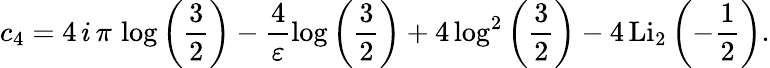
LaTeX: c_{4}=4\, i\, \pi\, \log\left(\frac{3}{2}\right)-\frac{4}{\varepsilon}\log\left(\frac{3}{2}\right)+4\log^{2}\left(\frac{3}{2}\right)-4\, \textup{Li}_{2}\left(-\frac{1}{2}\right).